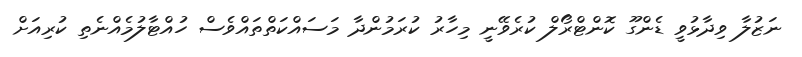
ނަޒުލާ ވިދާޅުވީ ޑެންގޫ ކޮންޓްރޯލް ކުރެވޭނީ މިހާރު ކުރަމުންދާ މަސައްކަތްތައްވެސް ހުއްޓާލުމެއްނެތި ކުރިއަށް